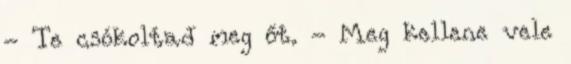
- Te csókoltad meg őt. - Meg kellene vele